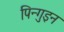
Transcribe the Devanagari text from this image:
पिन्गुइन